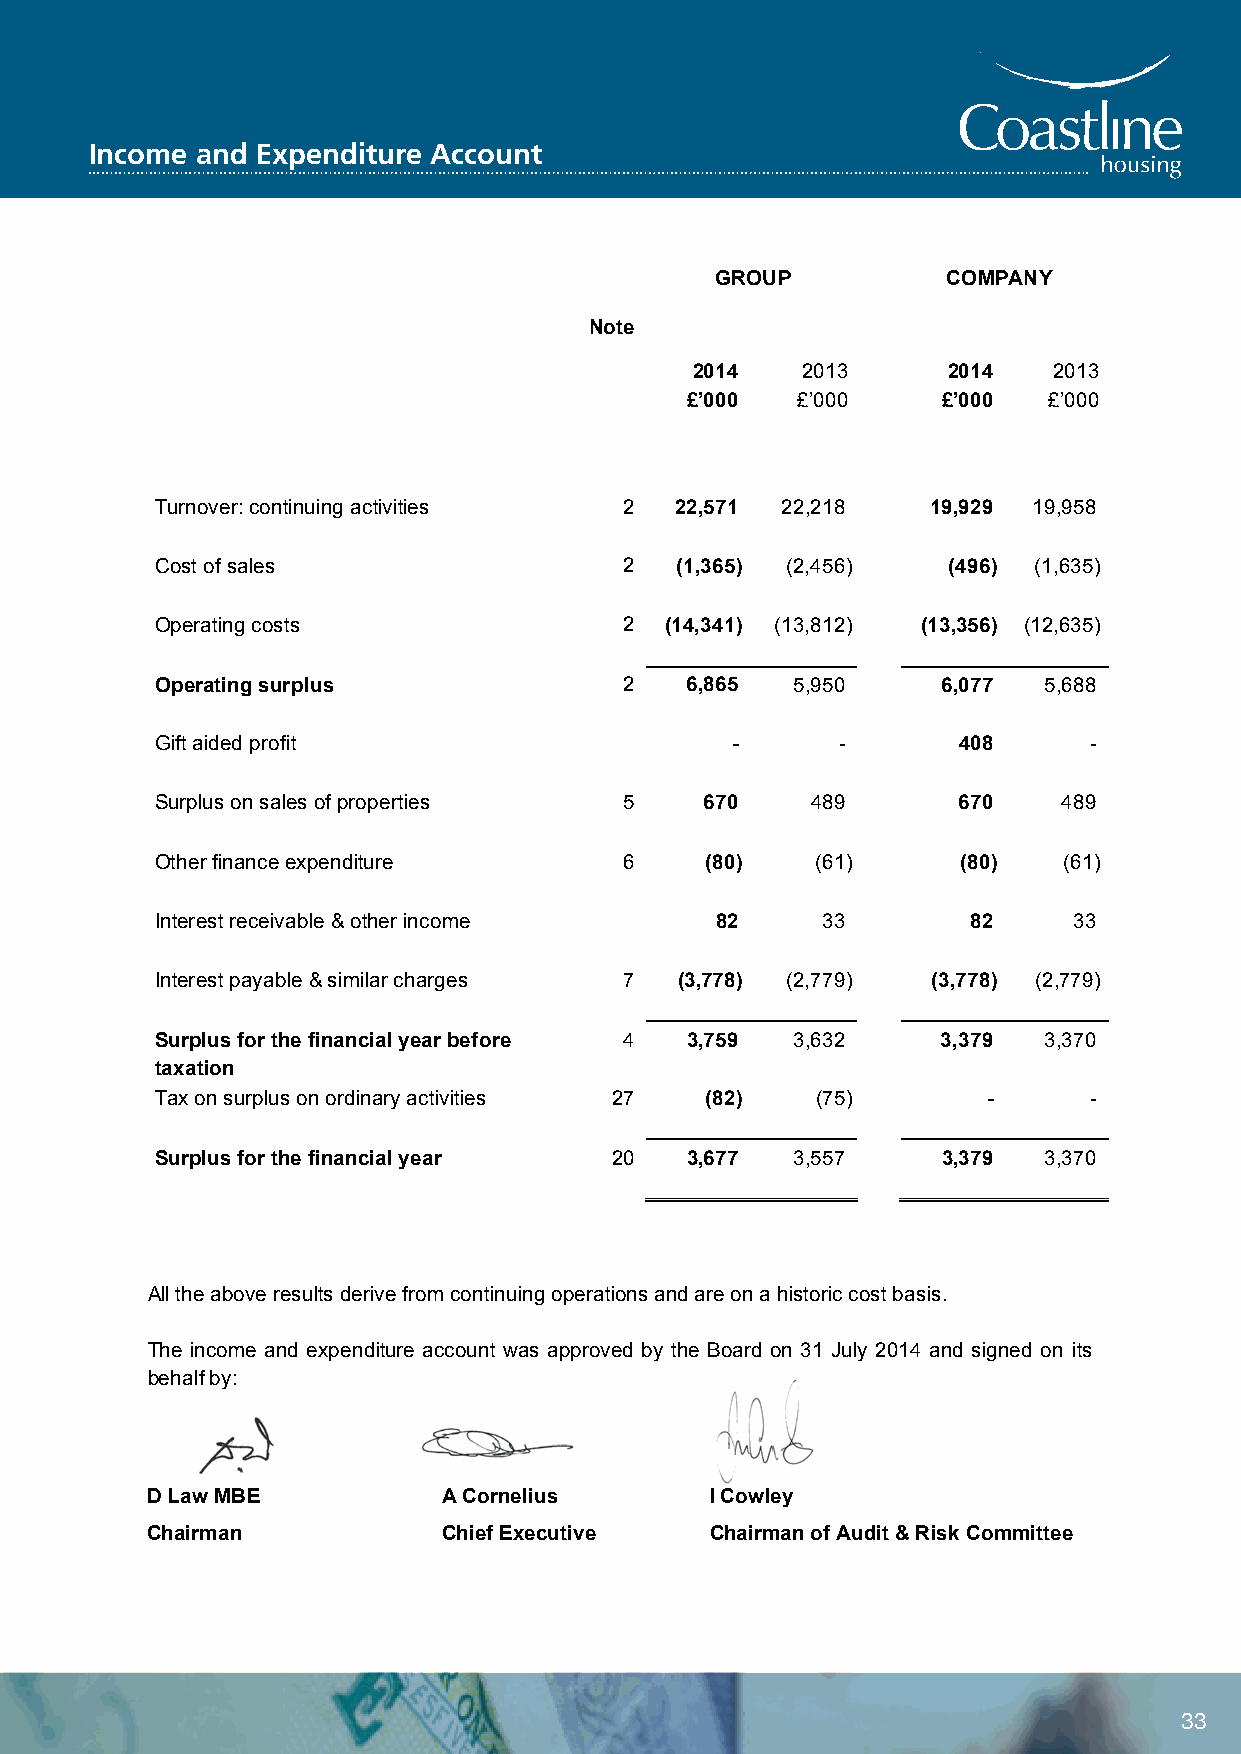
Coastline Housing Limited
 Income and Expenditure Account
 Income and Expenditure Account
 GROUP           COMPANY
 Note
 2014   2013      2014   2013
 £’000   £’000    £’000  £’000
 Turnover: continuing activities 2  22,571 22,218    19,929 19,958
 Cost of sales                  2   (1,365) (2,456)   (496) (1,635)
 Operating costs                2  (14,341) (13,812) (13,356) (12,635)
 Operating surplus              2   6,865   5,950    6,077  5,688
 Gift aided profit                     -      -       408      -
 Surplus on sales of properties 5     670    489      670    489
 Other finance expenditure      6     (80)   (61)      (80)  (61)
 Interest receivable & other income   82     33        82     33
 Interest payable & similar charges 7 (3,778) (2,779) (3,778) (2,779)
 Surplus for the financial year before 4 3,759 3,632 3,379  3,370
 taxation
 Tax on surplus on ordinary activities 27 (82) (75)     -      -
 Surplus for the financial year 20  3,677   3,557    3,379  3,370
 All the above results derive from continuing operations and are on a historic cost basis.
 The income and expenditure account was approved by the Board on 31 July 2014 and signed on its
 behalf by:
 D Law MBE          A Cornelius       I Cowley
 Chairman           Chief Executive   Chairman of Audit & Risk Committee
 28
 33